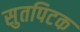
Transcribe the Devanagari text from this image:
सुतपिटक